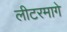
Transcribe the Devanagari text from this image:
लीटरमागे